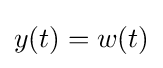
y(t)=w(t)